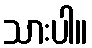
သားပါ။